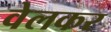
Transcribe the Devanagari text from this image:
वेलकर